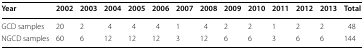
<table><thead><tr><td><b>Year</b></td><td><b>2002</b></td><td><b>2003</b></td><td><b>2004</b></td><td><b>2005</b></td><td><b>2006</b></td><td><b>2007</b></td><td><b>2008</b></td><td><b>2009</b></td><td><b>2010</b></td><td><b>2011</b></td><td><b>2012</b></td><td><b>2013</b></td><td><b>Total</b></td></tr></thead><tbody><tr><td>GCD samples</td><td>20</td><td>2</td><td>4</td><td>4</td><td>4</td><td>1</td><td>4</td><td>2</td><td>2</td><td>1</td><td>2</td><td>2</td><td>48</td></tr><tr><td>NGCD samples</td><td>60</td><td>6</td><td>12</td><td>12</td><td>12</td><td>3</td><td>12</td><td>6</td><td>6</td><td>3</td><td>6</td><td>6</td><td>144</td></tr></tbody></table>